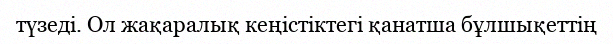
түзеді. Ол жақаралық кеңістіктегі қанатша бұлшықеттің